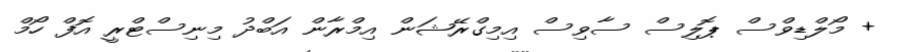
+ މޯލްޑިވްސް ޕޮލިސް ސާވިސް އިމިގްރޭޝަން އިމްރާން އަބްދު މިނިސްޓްރީ އޮފް ހޯމް